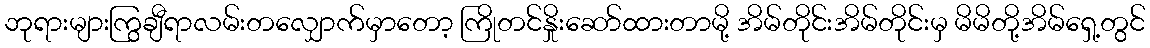
ဘုရားများကြွချီရာလမ်းတလျှောက်မှာတော့ ကြိုတင်နှိုးဆော်ထားတာမို့ အိမ်တိုင်းအိမ်တိုင်းမှ မိမိတို့အိမ်ရှေ့တွင်